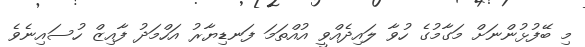
މި ބޭފުޅުންނަށް މަގާމުގެ ހުވާ ލައިދެއްވީ އުއްތަމަ ފަނޑިޔާރު އަހްމަދު ފާއިޒް ހުސައިނެވެ